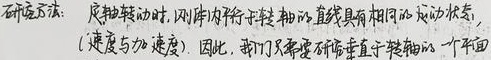
研究方法：刚体转动时，刚体中平行于转轴的直线具有相同的运动状态（速度与加速度）。因此，我们只需研究垂直于转轴的一个平面。